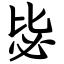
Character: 毖